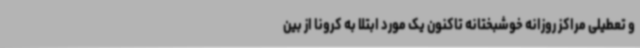
و تعطیلی مراکز روزانه خوشبختانه تاکنون یک مورد ابتلا به کرونا از بین